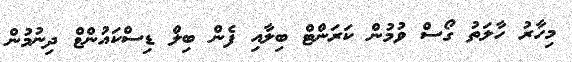
މިހާރު ހާލަތު ގޯސް ވުމުން ކަރަންޓް ބިލާއި ފެން ބިލް ޑިސްކައުންޱް ދިނުމުން